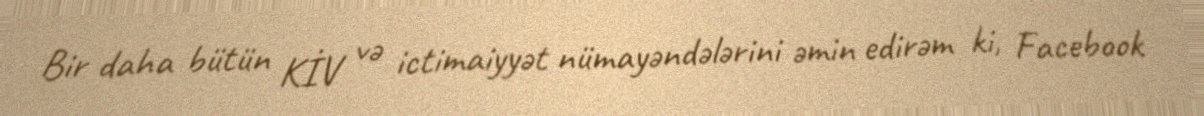
Bir daha bütün KİV və ictimaiyyət nümayəndələrini əmin edirəm ki, Facebook